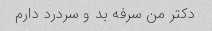
دکتر من سرفه بد و سردرد دارم